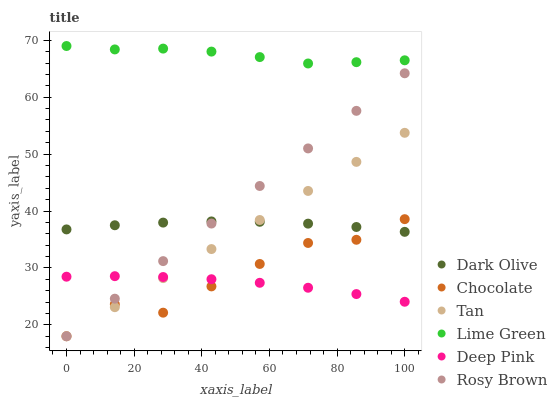
| xaxis_label | Dark Olive | Chocolate | Tan | Lime Green | Deep Pink | Rosy Brown |
 | --- | --- | --- | --- | --- | --- | --- |
 | 0 | 36.8 | 18 | 18 | 69 | 28.5 | 18 |
 | 14.3 | 37.5 | 23.6 | 23.1 | 68.4 | 28.6 | 24.6 |
 | 28.6 | 38 | 22.1 | 28.2 | 68.5 | 28.4 | 31.2 |
 | 42.9 | 38.2 | 26.8 | 33.3 | 68 | 28 | 37.8 |
 | 57.1 | 38.1 | 30.7 | 38.4 | 67.1 | 27.4 | 44.4 |
 | 71.4 | 37.8 | 34.4 | 43.5 | 65.9 | 26.5 | 51 |
 | 85.7 | 37.2 | 35 | 48.6 | 66.2 | 25.4 | 57.6 |
 | 100 | 36.3 | 38.6 | 53.7 | 66.5 | 24.1 | 64.2 |